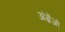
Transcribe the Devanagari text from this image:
अंग्रेंजो